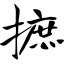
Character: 摭